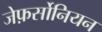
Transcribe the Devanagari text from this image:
जेफ़र्सोनियन